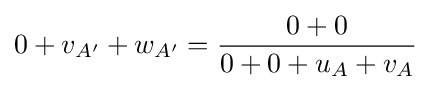
0+v_{A'}+w_{A'}={\frac {0+0}{0+0+u_{A}+v_{A}}}